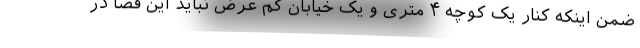
ضمن اینکه کنار یک کوچه ۴ متری و یک خیابان کم عرض نباید این فضا در